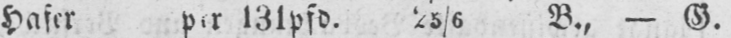
Hafer per 131pfd. 25/6 B., - G.